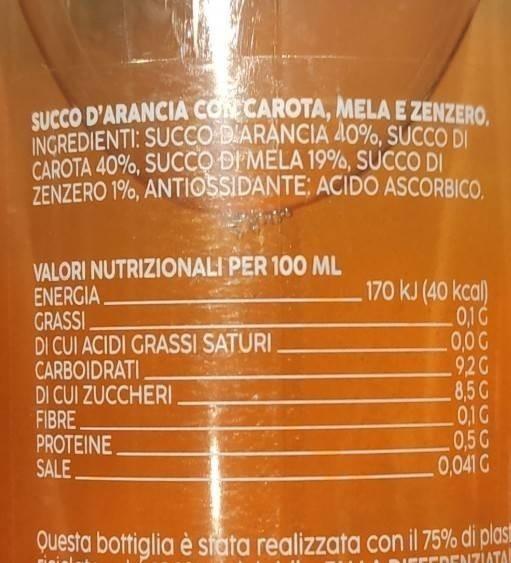
SUCCO D'ARANCIA CON CAROTA, MELA E ZENZERO, INGREDIENTI: SUCCO DIARANCIA 40%, SUCCO DI CAROTA 40%, SUCCO DI MELA 19%, SUCCO DI ZENZERO 1%, ANTIOSSIDANTE: ACIDO ASCORBICO.
VALORI NUTRIZIONALI PER 100 ML
ENERGIA
GRASSI
DI CUI ACIDI GRASSI SATURI
CARBOIDRATI
DI CUI ZUCCHERI
FIBRE. PROTEINE.
SALE.
170 kJ (40 kcal)
0,1 G
0,0 G
.9.20
8,5 G
0,1 G
0,5 G
0,041 G
Questa bottiglia è stata realizzata con il 75% di plas
FFERENZIATA